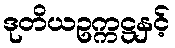
ဒုတိယဥက္ကဋ္ဌနှင့်